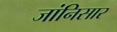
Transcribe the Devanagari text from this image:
जांनिसार